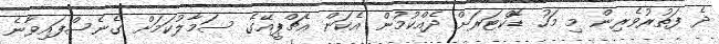
ދެ ފަތުރުވެރިން މި މަހު ޑޮކްޓަރަށް ދެއްކުމުން އެކަން އެޗްޕީއޭގެ ސަމާލުކަމަށް ގެނެސްފައިވާނެ